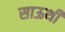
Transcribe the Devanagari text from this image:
साऊथी